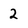
Character: 2